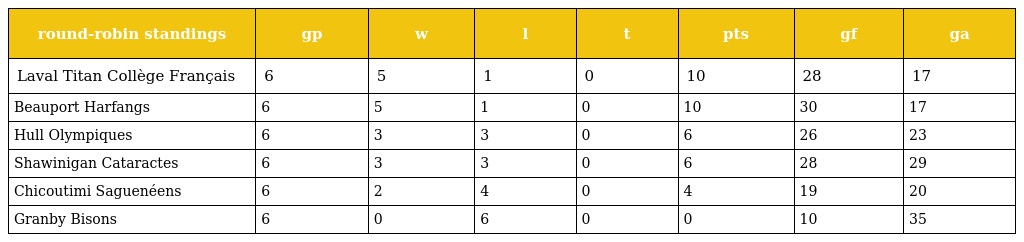
| round-robin standings | gp | w | l | t | pts | gf | ga |
 | --- | --- | --- | --- | --- | --- | --- | --- |
 | Laval Titan Collège Français | 6 | 5 | 1 | 0 | 10 | 28 | 17 |
 | Beauport Harfangs | 6 | 5 | 1 | 0 | 10 | 30 | 17 |
 | Hull Olympiques | 6 | 3 | 3 | 0 | 6 | 26 | 23 |
 | Shawinigan Cataractes | 6 | 3 | 3 | 0 | 6 | 28 | 29 |
 | Chicoutimi Saguenéens | 6 | 2 | 4 | 0 | 4 | 19 | 20 |
 | Granby Bisons | 6 | 0 | 6 | 0 | 0 | 10 | 35 |